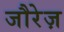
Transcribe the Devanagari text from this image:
जौरेज़